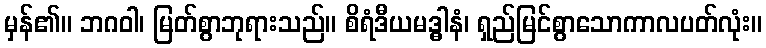
မှန်၏။ ဘဂဝါ၊ မြတ်စွာဘုရားသည်။ စိရံဒီယမဒ္ဓါနံ၊ ရှည်မြင်စွာသောကာလပတ်လုံး။